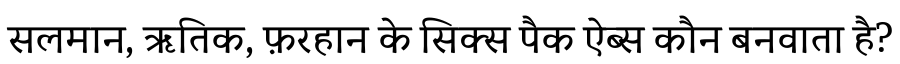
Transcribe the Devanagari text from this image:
सलमान, ऋतिक, फ़रहान के सिक्स पैक ऐब्स कौन बनवाता है?